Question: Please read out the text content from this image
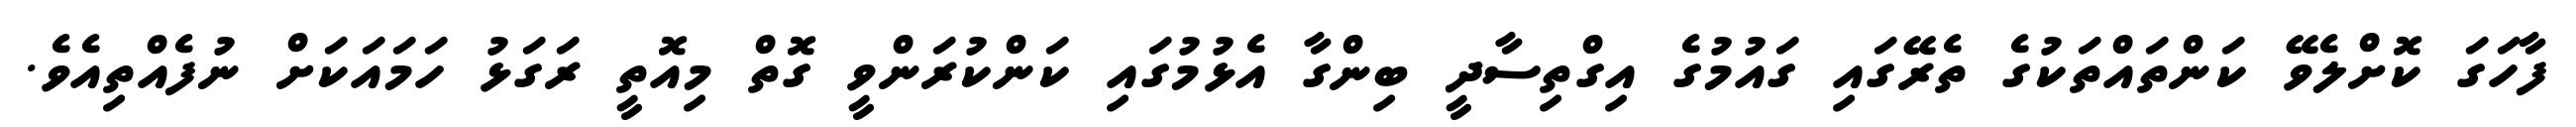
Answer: ފާހަގަ ކޮށްލެވޭ ކަންތައްތަކުގެ ތެރޭގައި ގައުމުގެ އިގްތިސާދީ ބިންގާ އެޅުމުގައި ކަންކުރަންވީ ގޮތް މިއޮތީ ރަގަޅު ހަމައަކަށް ނުފެއްތިއެވެ.